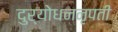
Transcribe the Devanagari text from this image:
दुर्योधननृपती